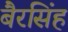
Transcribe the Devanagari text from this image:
बैरसिंह